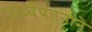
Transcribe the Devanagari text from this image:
ऊर्ध्वपतनाने